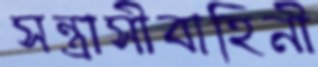
সন্ত্রাসীবাহিনী